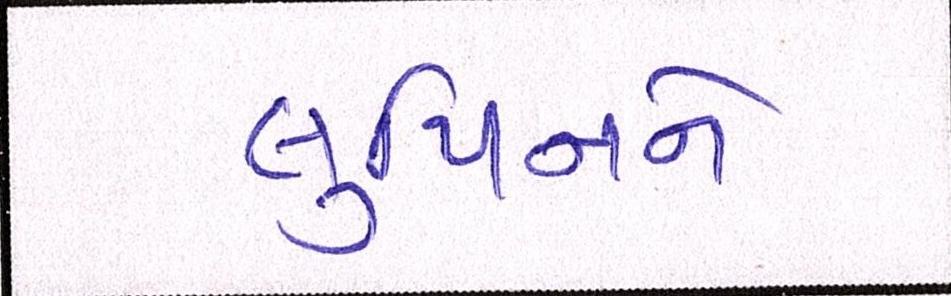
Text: લુપિનને